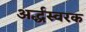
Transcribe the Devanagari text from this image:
अर्द्धस्वरक